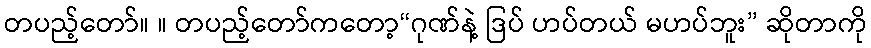
တပည့်တော်။ ။ တပည့်တော်ကတော့“ဂုဏ်နဲ့ ဒြပ် ဟပ်တယ် မဟပ်ဘူး” ဆိုတာကို